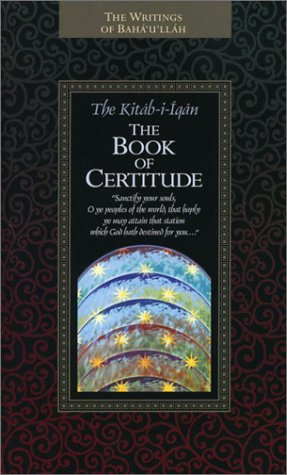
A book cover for The Kitab-i-Iqan Book of Certitude; Baha u llah; Religion & Spirituality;